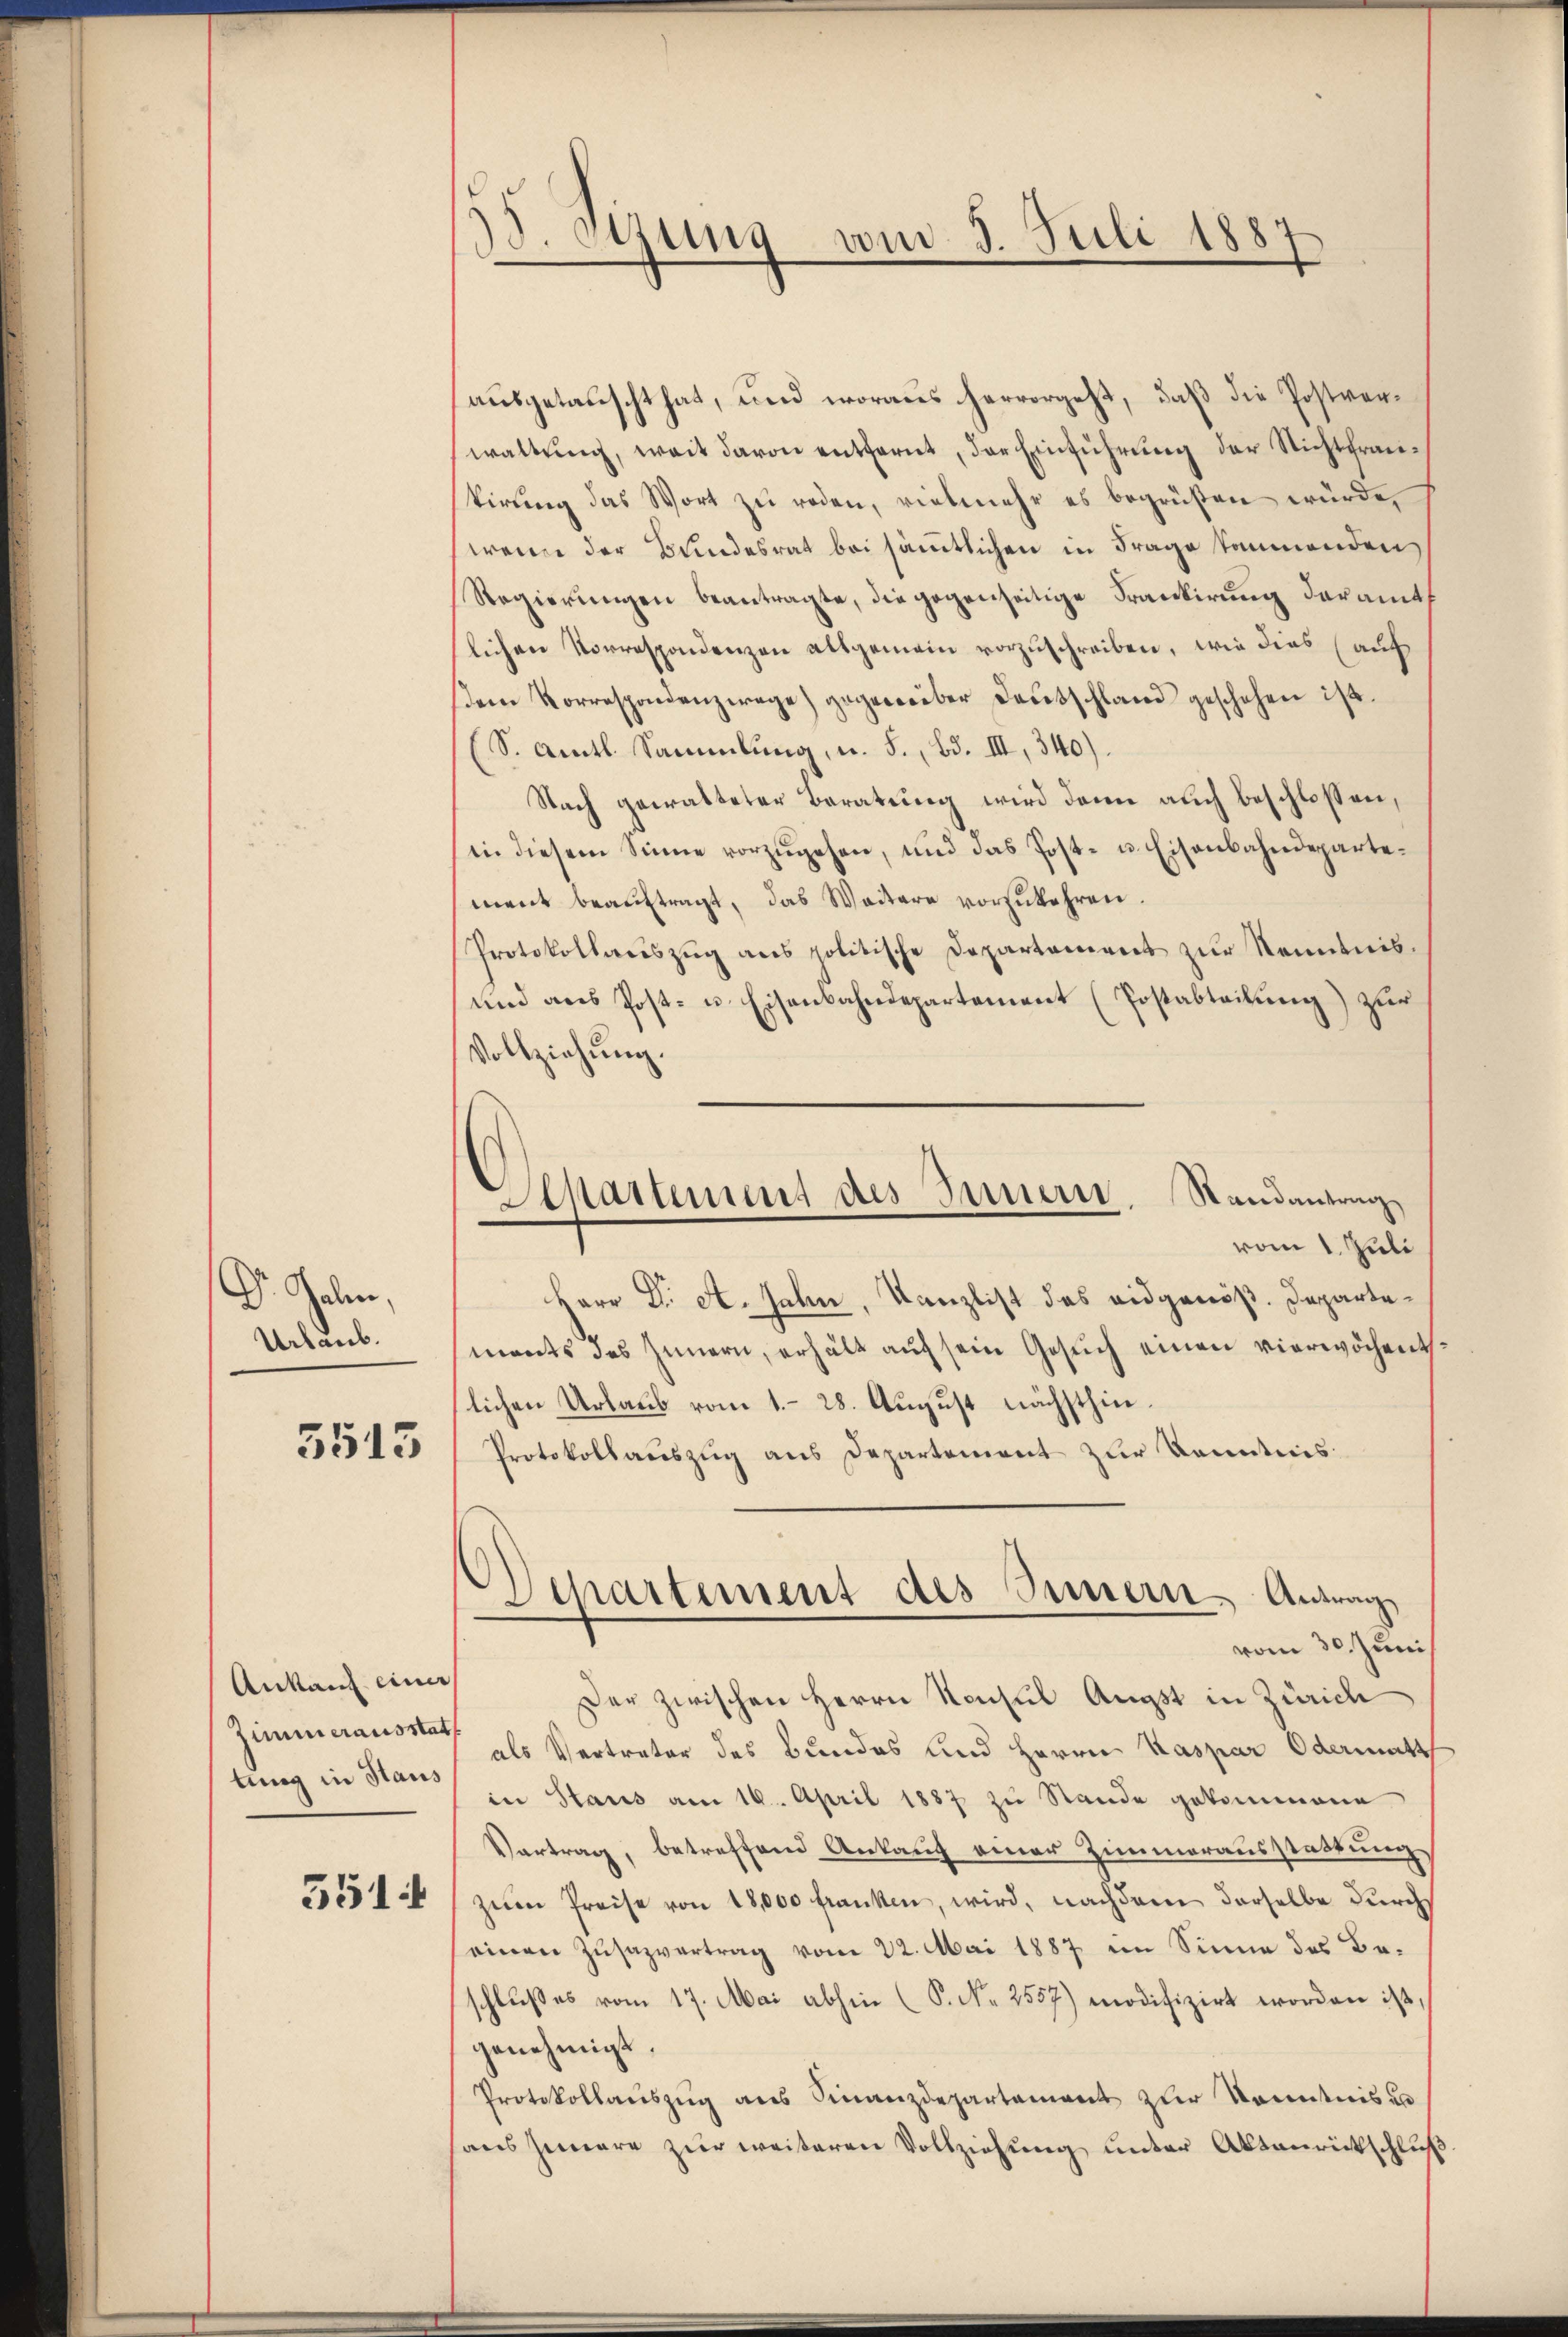
Dr. Galen,
Urlaub.

5513

Ankauf einer
Zimmerausstat
tung in Haus

3514

35 Sitzung vom 5. Juli 1887
t

ausgetauscht hat, und woraus hervorgeht, daß die Postverwaltung, weit davon entfernt, der Einführung der Nichtfrautirung das Wort zu reden, vielmehr es begrüßen würde,
wenn der Bundesrat bei sämmtlichen in Frage kommenden
Regierŭngen beantragte, die gegenseitige Frankierung deramt
lichen Vorrespondenzen altgemein vorzuschreiben, wie dies (auf
dem Vorrespondenzwage) gegenüber Deutschland geschehen ist.
(S. Amtl. Sammlung, u. S., Bd. III, 340).
Nach gewalteter Beratung wird dann auch beschlossen,
in diesem Sinne vorzŭgehen, und das Post- u. Eisenbahndepartement beaŭftragt, das Weitere vorzukehren.
Protokollauszug aus politische Departement zur Kenntnis¬
und ans Post- u. Eisenbahndepartement (Postabteilŭng zŭr
Vollziehung.
Herr Dr. A. Jahn, Kanzlist das eidgenöß. Departements des Innern, erhält auf sein Gesuch einen vierwöchentlichen Urlaub vom 1. 28. August nächsthin¬
Protokollauszug aus Departement zur Kenntnis
Departement des Innern Antrag
vom 30. Juni
Der zwischen Herrn Konsul Augst in Zürich
als Vertreter des Bundes und Herrn Kaspar Odermatt
in Staus am 16. April 1887 zu Stande gekommene
Vertrag, betreffend Ankauf einer Zimmerausstattung
zeim Preise von 18,000 franken, wird, nachdem derselbe durch
einen Zusazvertrag vom 22. Mai 1887 im Sinne des Beschlußes vom 17. Mai abhin (S. Nr. 2557) modifizirt worden ist,
genehmigt.
Protokollaŭszŭg ans Finanzdepartement zur Kenntnis un
aus Innere zur weiteren Vollziehung unter Aktenrückschluß

Departement des Innern. Randantrag
vom 1 Juli